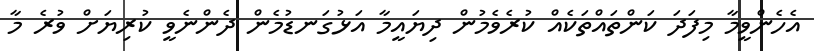
އެހެންވީމާ މިފަދަ ކަންތައްތަކެއް ކުރެވެމުން ދިޔައީމާ އަޅުގަނޑުމެން ދެންނެވީ ކުރިޔަށް ވުރެ މާ